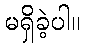
မရှိခဲ့ပါ။